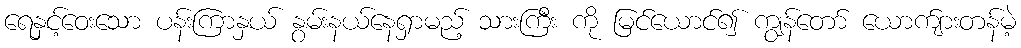
ရေနှင့်ဝေးသော ပန်းကြာနှယ် နွမ်းနယ်နေရှာမည့် သားကြီး ကို မြင်ယောင်၍ ကျွန်တော် ယောက်ျားတန်မဲ့